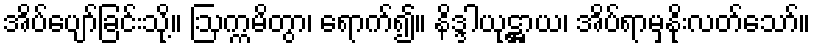
အိပ်ပျော်ခြင်းသို့။ ဩက္ကမိတွာ၊ ရောက်၍။ နိဒ္ဒါယုဋ္ဌာယ၊ အိပ်ရာမှနိုးလတ်သော်။